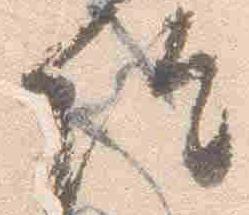
院